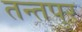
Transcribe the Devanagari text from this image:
तन्तपुर